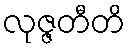
လုဇ္ဇတီတိ